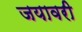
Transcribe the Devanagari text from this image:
जयावरी